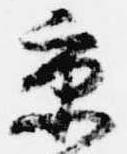
京